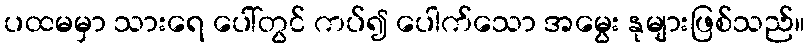
ပထမမှာ သားရေ ပေါ်တွင် ကပ်၍ ပေါက်သော အမွေး နုများဖြစ်သည်။